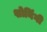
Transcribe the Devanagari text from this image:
शोनिंगी